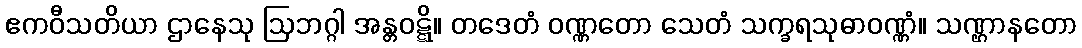
ဧကဝီသတိယာ ဌာနေသု ဩဘဂ္ဂါ အန္တဝဋ္ဋိ။ တဒေတံ ဝဏ္ဏတော သေတံ သက္ခရသုဓာဝဏ္ဏံ။ သဏ္ဌာနတော